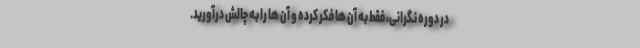
در دوره نگرانی، فقط به آن ها فکر کرده و آن ها را به چالش درآورید.